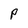
Character: P